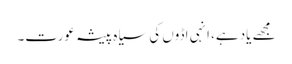
مجھے یاد ہے، انہی اڈوں کی سیاہ پیشہ عورت۔